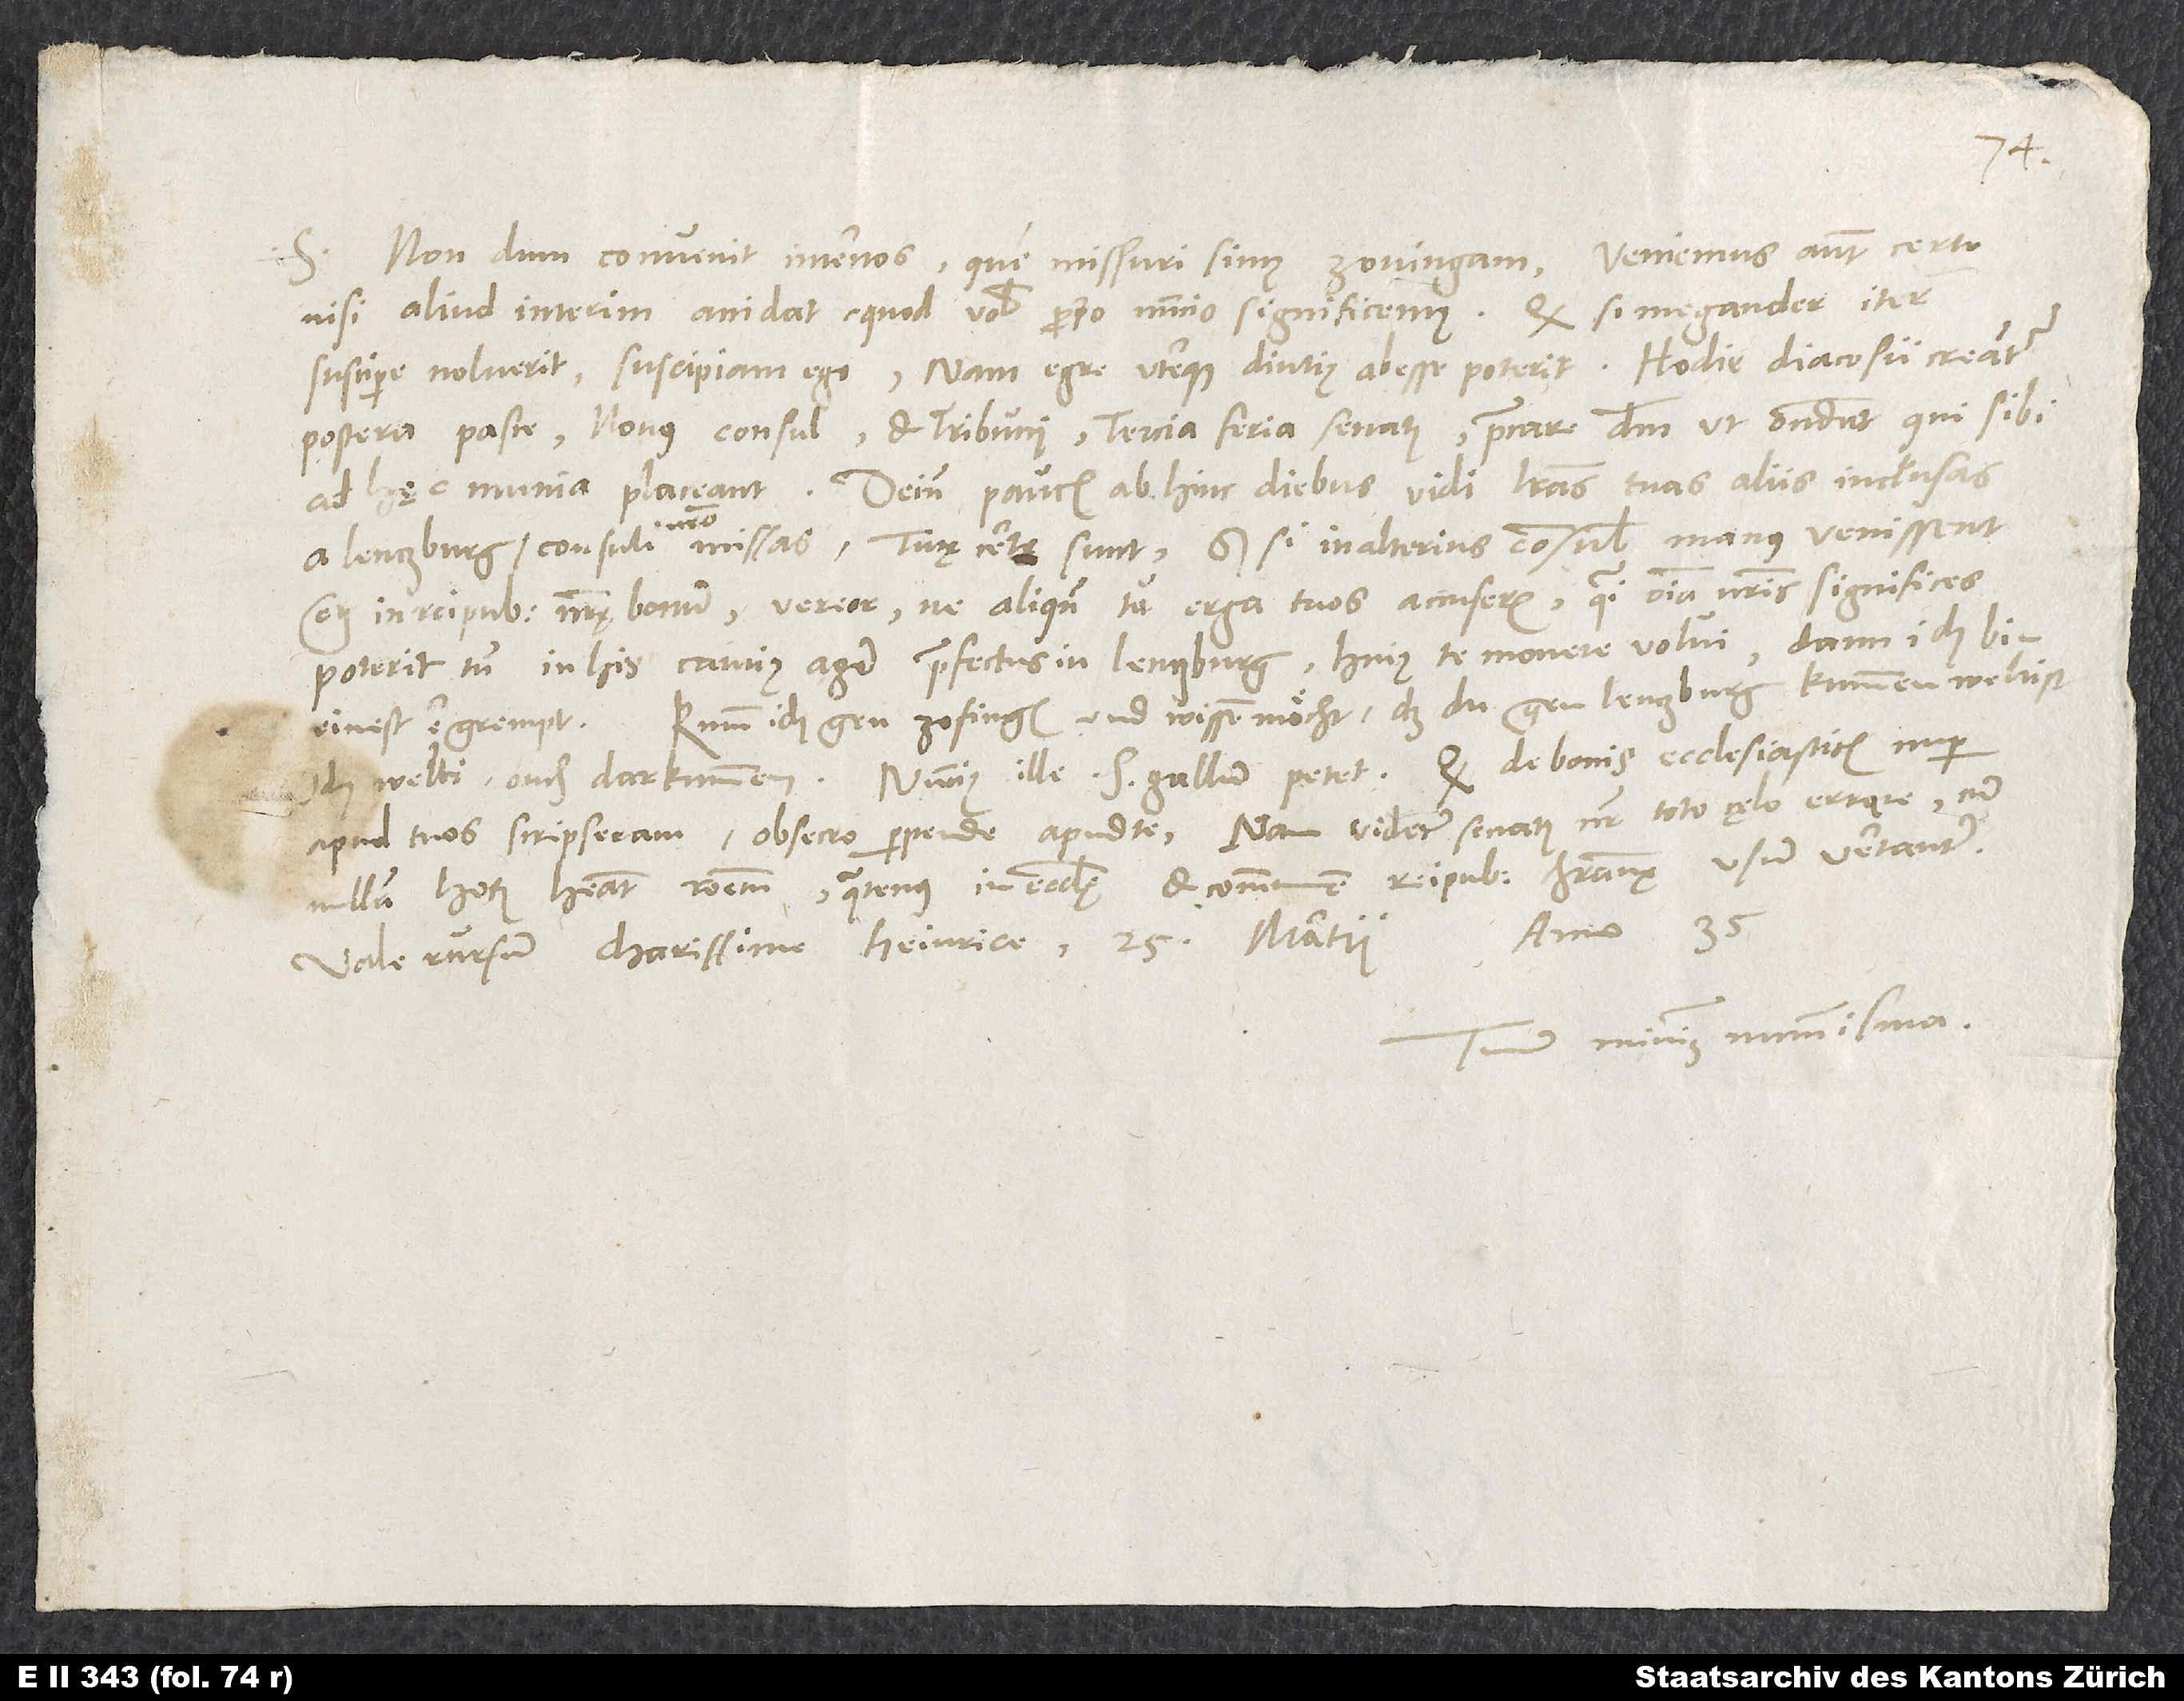
Nondum convenit inter nos, quem missuri simus Zovingam, veniemus autem certo,
nisi aliud interim accidat, quod vobis proprio nuncio significemus. Quodsi Megander iter
postera pasce novus consul et tribuni, tercia feria senatus. Precare dominum, ut ostendat, qui sibi
nostro
etiam in reipublicae nostrę bonum, vereor, ne aliquando tu erga tuos accuseris, quasi omnia nostris significes.
Kumm ich gen Zofingen und wissen möcht, daß du gen Lenczburg kummen weltist,
einest ergrempt.
apud nos scripseram, obsecro perpende apud te; nam videtur senatus noster toto cęlo errare, cum
nullam horum habeat rationem, quatenus in ecclesię et communem reipublicae christianae usum vertantur.
anno 35.
Vale rursum, charissime Heinrice.
Tuum minimum nummisma.